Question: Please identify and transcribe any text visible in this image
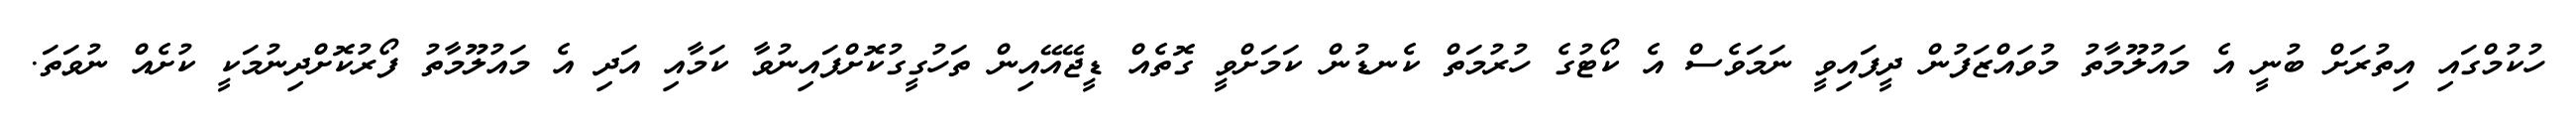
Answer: ހުކުމްގައި އިތުރަށް ބުނީ އެ މައުލޫމާތު މުވައްޒަފުން ދީފައިވީ ނަމަވެސް އެ ކޯޓުގެ ހުރުމަތް ކެނޑުން ކަމަށްވީ ގޮތެއް ޑީޖޭއޭއިން ތަހުގީގުކޮށްފައިނުވާ ކަމާއި އަދި އެ މައުލޫމާތު ފޯރުކޮށްދިނުމަކީ ކުށެއް ނުވަތަ.